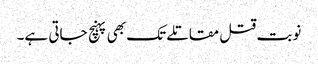
نوبت قتل مقاتلے تک بھی پہنچ جاتی ہے۔